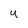
Character: 4